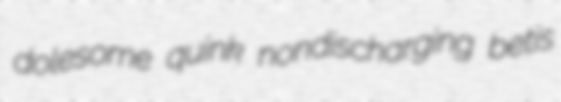
dolesome quink nondischarging betis